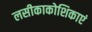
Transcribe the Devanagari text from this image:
लसीकाकोशिकाएं